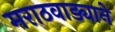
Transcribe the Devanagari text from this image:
मराठवाड्याने